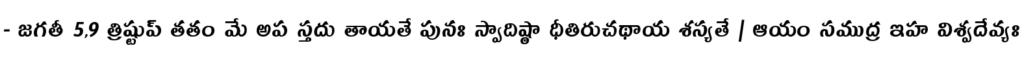
- జగతీ 5,9 త్రిష్టుప్ తతం మే అప స్తదు తాయతే పునః స్వాదిష్ఠా ధీతిరుచథాయ శస్యతే | ఆయం సముద్ర ఇహ విశ్వదేవ్యః